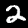
Digit: 2